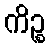
ကိဉ္စ